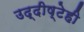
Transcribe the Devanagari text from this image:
उद्दीष्टेही